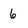
Character: 6